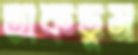
তাকডুম